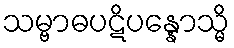
သမ္ဗာဓပဋိပန္နောသ္မိ